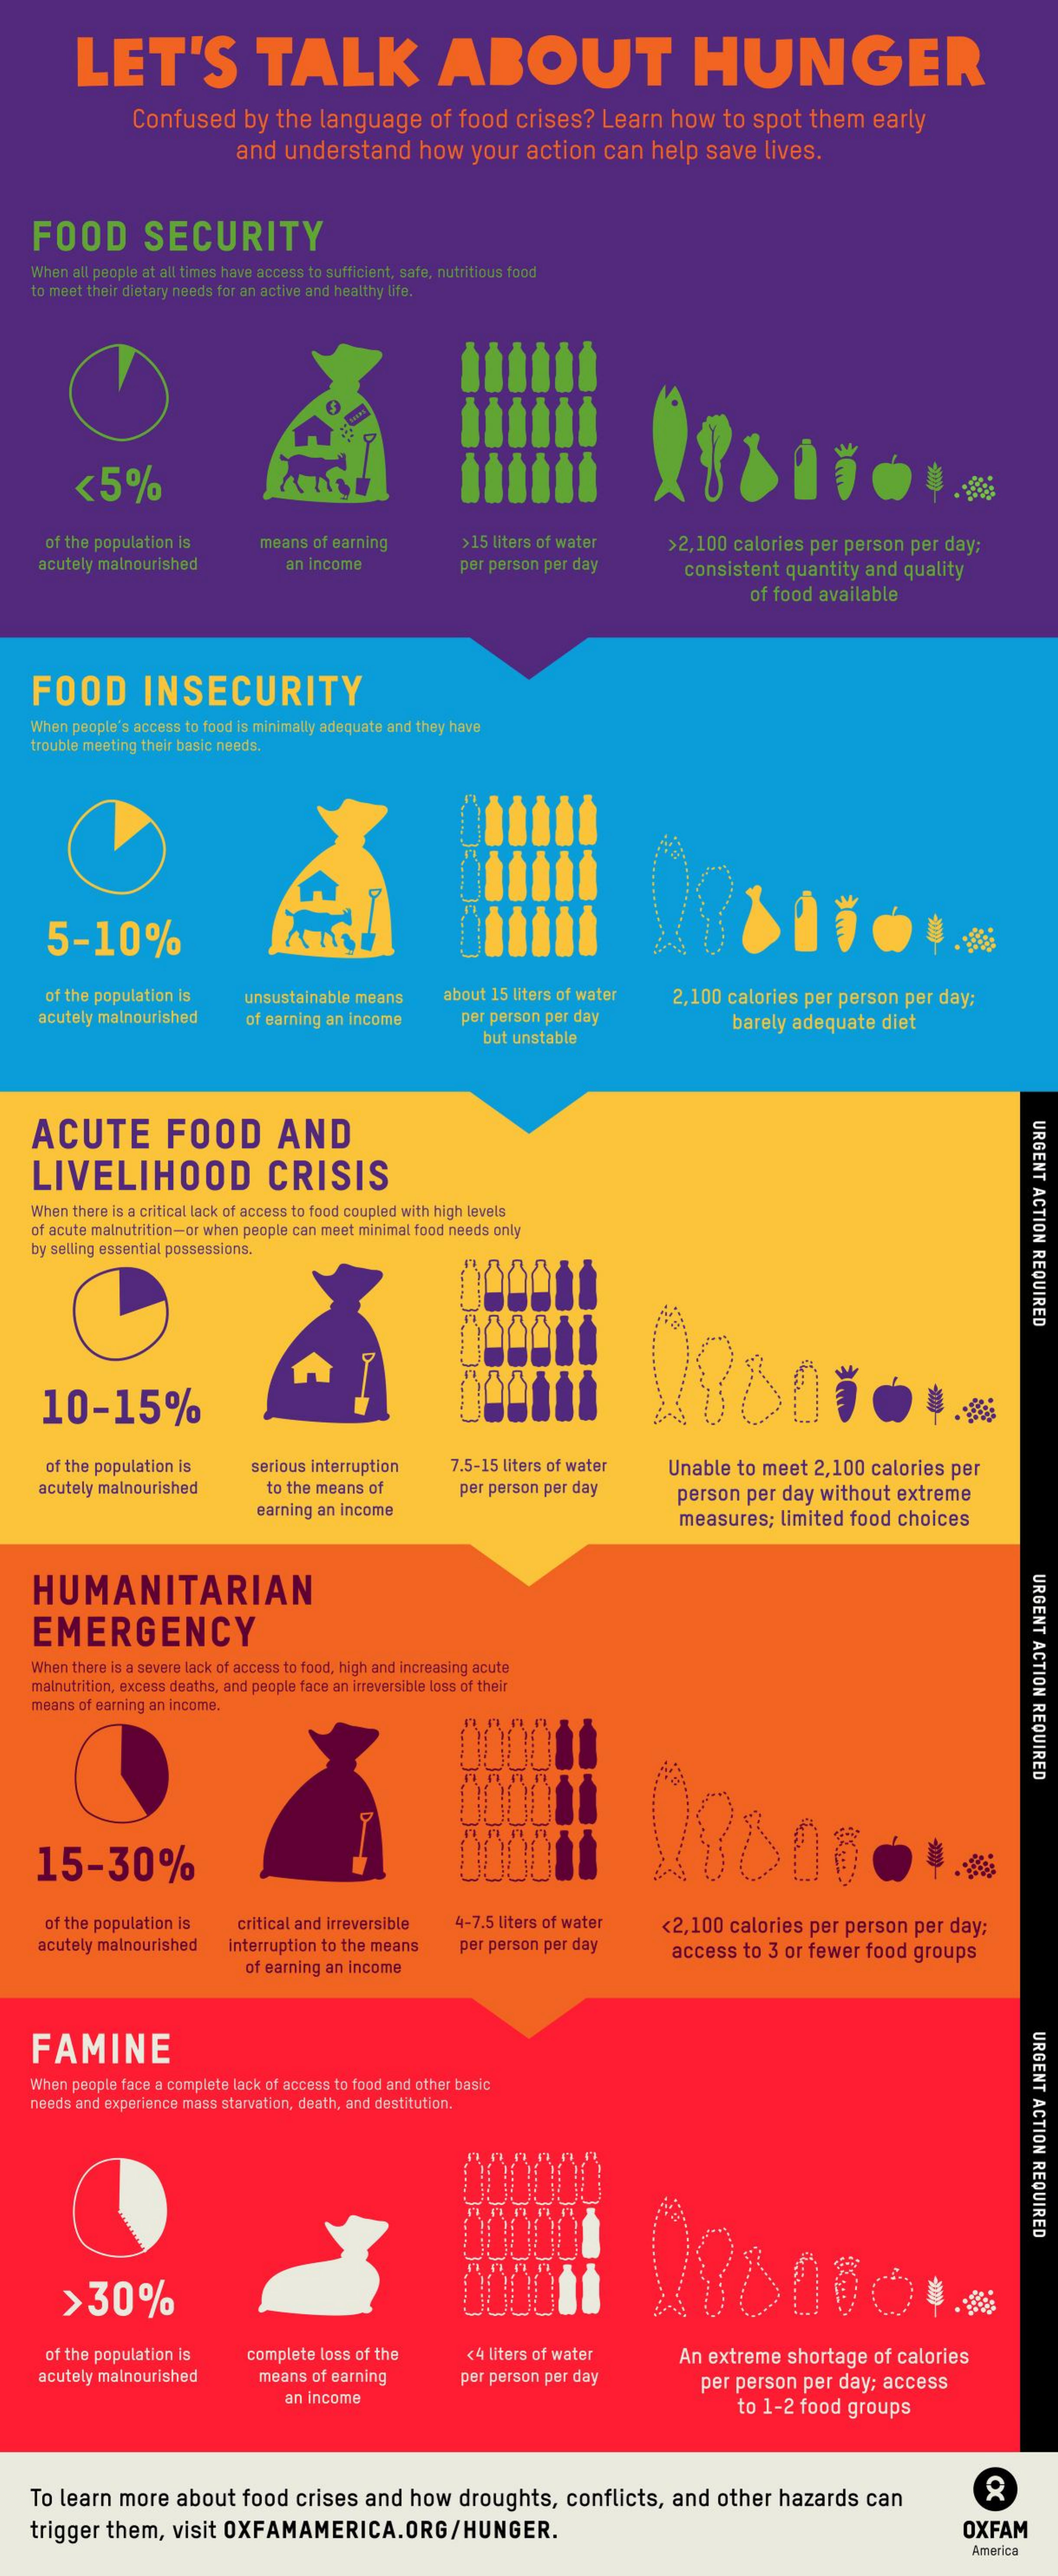
LET'S    TALK    ABOUT    HUNGER
     Confused  by the language  of food crises? Learn how  to spot them  early
     and understand   how  your action can help  save lives.
   FOOD    SECURITY
   When all people at all times have access to sufficient, safe, nutritious food
   to meet their dietary needs for an active and healthy life.
     <5%
    of the population is means of earning  >15 liters of water >2,100 calories per person per day;
    acutely malnourished   an income    per person per day   consistent quantity and quality
     of food available
   FOOD    INSECURITY
   When people's access to food is minimally adequate and they have
   trouble meeting their basic needs.
     ......
     .
     JE
     .....
     JE
     ...... 5-10%
    of the population is unsustainable means about 15 liters of water 2,100 calories per person per day:
    acutely malnourished of earning an income per person per day    barely adequate diet
     but unstable
   ACUTE    FOOD    AND    URGENT
     ACTION
     REQUIRED
   LIVELIHOOD    CRISIS
   When there is a critical lack of access to food coupled with high levels
   of acute malnutrition-or when people can meet minimal food needs only
   by selling essential possessions.
     100000
     288050
    10-15%
     of the population Is serious Interruption 7.5-15 liters of water Unable to meet 2,100 calories per
    acutely malnourished to the means of   per person per day
     earning an income
     person per day without extreme
     measures; limited food choices
   HUMANITARIAN    URGENT
     ACTION
     REQUIRED
   EMERGENCY
   When there is a severe lack of access to food, high and increasing acute
   malnutrition, excess deaths, and people face an irreversible loss of their
   means of earning an income.
   15-30%
     of the population is critical and irreversible 4-7.5 liters of water <2,100 calories per person per day;
    acutely malnourished interruption to the means per person per day access to 3 or fewer food groups
     of earning an income
   FAMINE    URGENT
     ACTION
     REQUIRED
   When people face a complete lack of access to food and other basic
   needs and experience mass starvation, death, and destitution.
     >30%
     of the population is complete loss of the <4 liters of water An extreme shortage of calories
    acutely malnourished means of earning  per person per day
     an income
     per person per day; access
     to 1-2 food groups
   To learn more about food crises and how droughts, conflicts, and other hazards can
   trigger them, visit OXFAMAMERICA.ORG/HUNGER.    OXFAM
     America